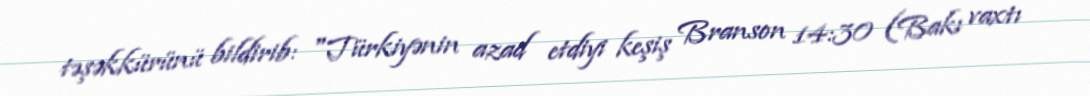
təşəkkürünü bildirib: "Türkiyənin azad etdiyi keşiş Branson 14:30 (Bakı vaxtı